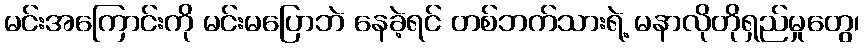
မင်းအကြောင်းကို မင်းမပြောဘဲ နေခဲ့ရင် တစ်ဘက်သားရဲ့ မနာလိုတိုရှည်မှုတွေ၊